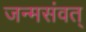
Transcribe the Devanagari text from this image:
जन्मसंवत्